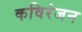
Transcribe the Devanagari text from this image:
कविरंजन